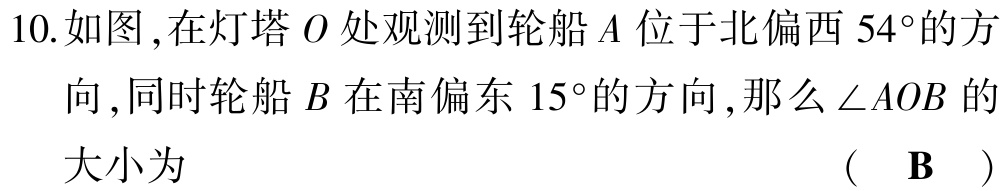
10.如图,在灯塔\(O\)处观测到轮船\(A\)位于北偏西\(54^{\circ}\)的方向,同时轮船\(B\)在南偏东\(15^{\circ}\)的方向,那么\(\angle AOB\)的大小为 （ \(\mathbf{B}\) ）